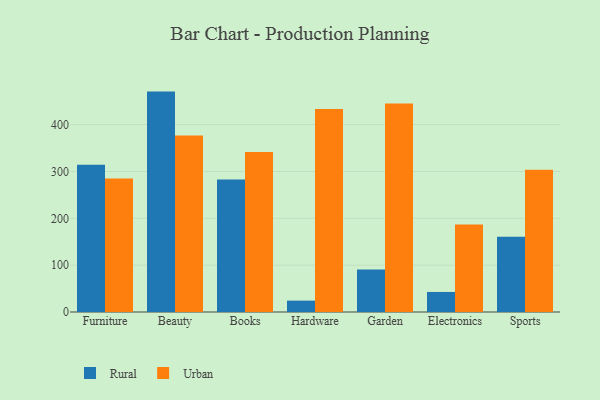
{"axis": {"x": "Category", "y": "Operating Costs (USD K)"}, "legend": ["Rural", "Urban"], "data": [{"x": "Furniture", "y": 314.3, "type": "Rural"}, {"x": "Furniture", "y": 284.9, "type": "Urban"}, {"x": "Beauty", "y": 470.5, "type": "Rural"}, {"x": "Beauty", "y": 377.0, "type": "Urban"}, {"x": "Books", "y": 282.8, "type": "Rural"}, {"x": "Books", "y": 341.8, "type": "Urban"}, {"x": "Hardware", "y": 24.3, "type": "Rural"}, {"x": "Hardware", "y": 433.2, "type": "Urban"}, {"x": "Garden", "y": 90.9, "type": "Rural"}, {"x": "Garden", "y": 445.0, "type": "Urban"}, {"x": "Electronics", "y": 42.8, "type": "Rural"}, {"x": "Electronics", "y": 186.7, "type": "Urban"}, {"x": "Sports", "y": 160.6, "type": "Rural"}, {"x": "Sports", "y": 303.5, "type": "Urban"}]}